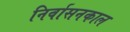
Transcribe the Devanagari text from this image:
निर्वासनकाल